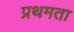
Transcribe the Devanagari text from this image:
प्रथमता